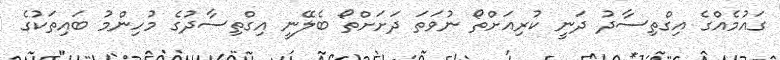
ގައުމެއްގެ އިގްތިސާދު ދަނީ ކުރިއަށްތޯ ނުވަތަ ދަށަށްތޯ ބެލޭނީ އިގްތިސާދުގެ މުހިންމު ބައިތަކުގެ